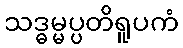
သဒ္ဓမ္မပ္ပတိရူပကံ